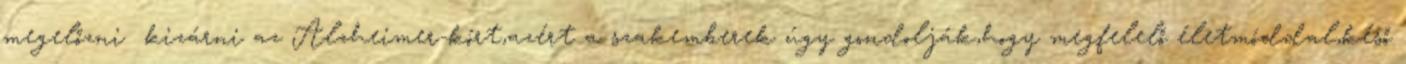
megelőzni kizárni az Alzheimer-kórt,azért a szakemberek úgy gondolják,hogy megfelelő életmóddal,késő